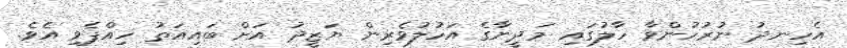
އެހިނދު ނުރުހުންވާ ހާލުގައި މަދީނާގެ އަހުލުވެރިން ޔަޒީދު އަށް ބައިއަތު ހިއްޕެވި އެވެ.